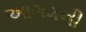
આગમની